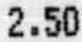
2.50